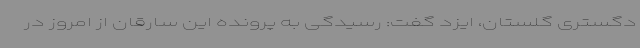
دگستری گلستان، ایزد گفت: رسیدگی به پرونده این سارقان از امروز در